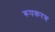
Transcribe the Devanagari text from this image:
रूपकरण